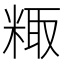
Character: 𫃂